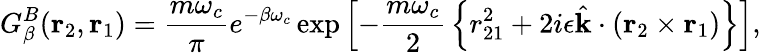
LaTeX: G_{\beta}^{B}(\mathrm{\mathbf r}_{2},\mathrm{\mathbf r}_{1})={\frac{m\omega_{c}}{\pi}}e^{-\beta\omega_{c}}\exp\left[-{\frac{m\omega_{c}}{2}}\left\{ r_{21}^{2}+2i\epsilon\hat{\mathrm{\mathbf k}}\cdot(\mathrm{\mathbf r}_{2}\times\mathrm{\mathbf r}_{1})\right\} \right],